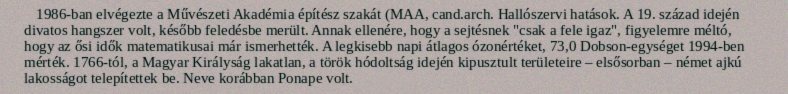
1986-ban elvégezte a Művészeti Akadémia építész szakát (MAA, cand.arch. Hallószervi hatások. A 19. század idején divatos hangszer volt, később feledésbe merült. Annak ellenére, hogy a sejtésnek "csak a fele igaz", figyelemre méltó, hogy az ősi idők matematikusai már ismerhették. A legkisebb napi átlagos ózonértéket, 73,0 Dobson-egységet 1994-ben mérték. 1766-tól, a Magyar Királyság lakatlan, a török hódoltság idején kipusztult területeire – elsősorban – német ajkú lakosságot telepítettek be. Neve korábban Ponape volt.